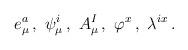
LaTeX: \begin{align*}e_\mu ^a\,,\ \psi _\mu ^i\,,\ A_\mu ^I\,,\ \varphi ^{x}\,,\ \lambda ^{ix}\,. \end{align*}